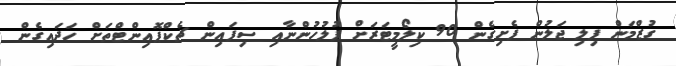
ގުޒްމަން ފިލި ޖަލުން ފެށިގެން 90 ކިލޯމީޓަރަށް ފުލުހުންނާއި ސިފައިން ޗެކްޕޮއިންޓްތަށް ހަދައިގެން